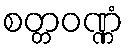
စတ္တဝဏ္ဏံ